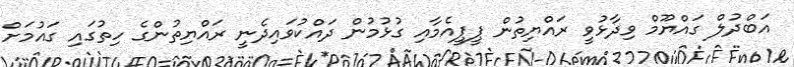
އަބްދުލް ގައްޔޫމް ވިދާޅުވީ ރައްޔިތުން ޕީޕީއެމާއި ގުޅުމުން ދައްކުވައިދެނީ ރައްޔިތުންގެ ހިތުގައި ގައުމަށް